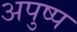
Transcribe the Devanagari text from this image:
अपुष्प